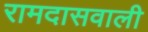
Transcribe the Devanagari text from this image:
रामदासवाली